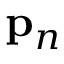
\mathbf { p } _ { n }